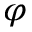
\varphi